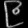
Digit: ၉